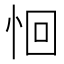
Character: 恛